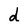
Character: d